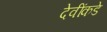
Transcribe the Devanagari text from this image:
देवींकडे